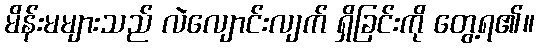
မိန်းမများသည် လဲလျောင်းလျက် ရှိခြင်းကို တွေ့ရ၏။